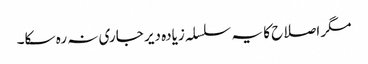
مگر اصلاح کا یہ سلسلہ زیادہ دیر جاری نہ رہ سکا۔